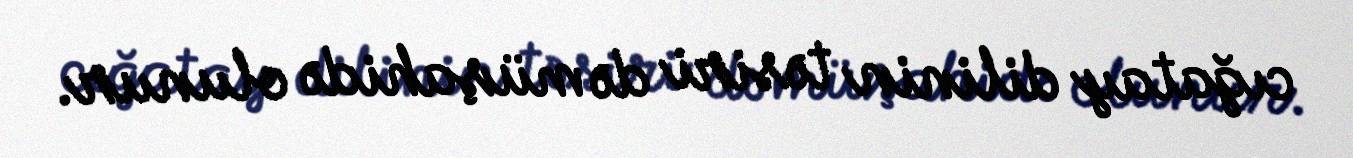
cığatay dilinin təsiri də müşahidə olunur.